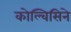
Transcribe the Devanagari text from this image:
कोल्चिसिने